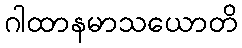
ဂါထာနမာသယောတိ